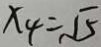
x _ { 4 } = \sqrt { 5 }